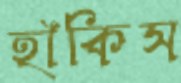
হাঁকিস